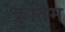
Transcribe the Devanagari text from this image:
क्रुतिम